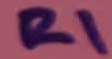
Text: R1